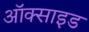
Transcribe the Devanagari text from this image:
अॉक्साइड